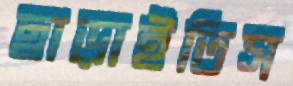
ছাড়াইতিস